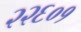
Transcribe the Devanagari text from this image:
२२६०१